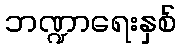
ဘဏ္ဍာရေးနှစ်